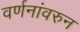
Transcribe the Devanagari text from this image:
वर्णनांवरुन